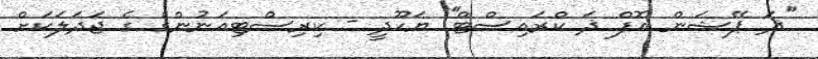
''ޛަ ޕޭޝަން އޮފް ޛަ ކްރައިސްޓް'' ޔަހޫދީ - ކިރިސްޓިއަނުންގެ ގެ ޖަދަލަކަށް